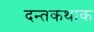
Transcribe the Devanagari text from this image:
दन्तकथाक